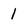
Character: 1